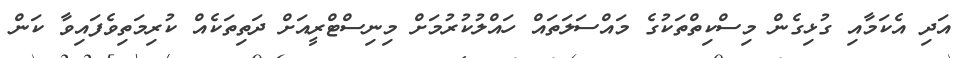
އަދި އެކަމާއި ގުޅިގެން މިސްކިތްތަކުގެ މައްސަލަތައް ހައްލުކުރުމަށް މިނިސްޓްރީއަށް ދަތިތަކެއް ކުރިމަތިވެފައިވާ ކަން